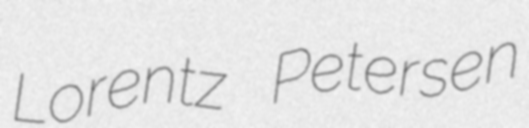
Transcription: Lorentz Petersen